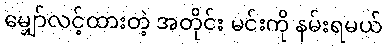
မျှော်လင့်ထားတဲ့ အတိုင်း မင်းကို နမ်းရမယ်